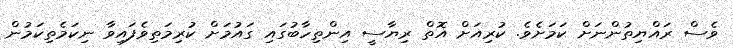
ވެސް ރައްޔިތުންނަށް ކަމަށެވެ. ކުރިއަށް އޮތް ރިޔާސީ އިންތިހާބުގައި ގައުމަށް ކުރިމަތިވެފައިވާ ނިކަމެތިކަމުން